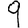
Digit: 9